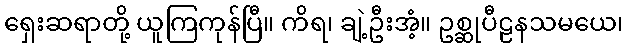
ရှေးဆရာတို့ ယူကြကုန်ပြီ။ ကိရ၊ ချဲ့ဦးအံ့။ ဥစ္ဆုပီဠနသမယေ၊